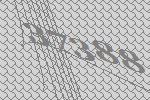
37388